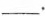
___.